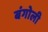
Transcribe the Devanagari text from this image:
बंगोली